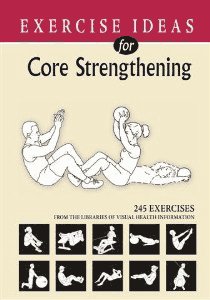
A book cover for Exercise Ideas for Core Strengthening (A Five Book Series, Volume 1); PhD Exercise Physiologist Irv Rubenstein; Health, Fitness & Dieting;